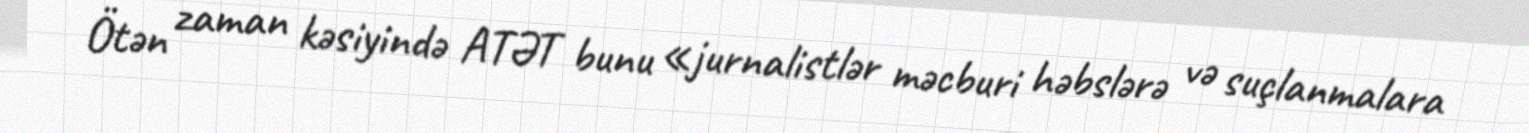
Ötən zaman kəsiyində ATƏT bunu «jurnalistlər məcburi həbslərə və suçlanmalara